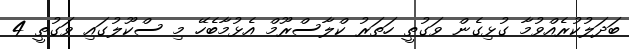
ބަދަލުކުރެއްވުމާ ގުޅިގެން ވަގުތީ ހަތަރު ކްލާސްރޫމް އެޅުމާބެހޭ މި ސްކޫލުގައި ވަގުތީ 4